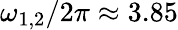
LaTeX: \omega_{1,2}/2\pi\approx 3.85